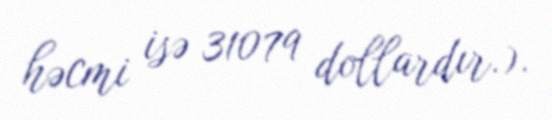
həcmi isə 31079 dollardır.).